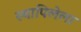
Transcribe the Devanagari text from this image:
स्थापिलेला